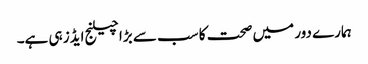
ہمارے دور میں صحت کا سب سے بڑا چیلنج ایڈز ہی ہے۔